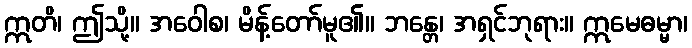
ဣတိ၊ ဤသို့။ အဝေါစ၊ မိန့်တော်မူ၏။ ဘန္တေ၊ အရှင်ဘုရား။ ဣမေဓမ္မာ၊